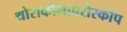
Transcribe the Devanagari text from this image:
थोराकोलापरोस्कोप